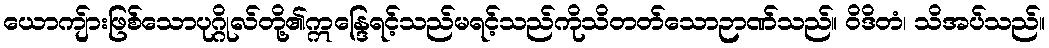
ယောကျ်ားဖြစ်သောပုဂ္ဂိုလ်တို့၏ဣန္ဒြေရင့်သည်မရင့်သည်ကိုသိတတ်သောဉာဏ်သည်။ ဝိဒိတံ၊ သိအပ်သည်။